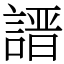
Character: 𧪽